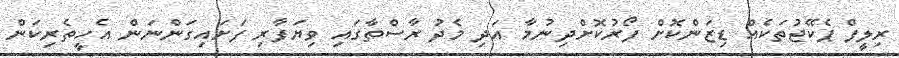
ރިލީފް ޕެކޭޖުތަކެއް ޑިޒަންކޮށް ފޯރުކޮށްދިނުމާ އަދި މެދު ރާސްތާގައި ވިޔަފާރި ފަށައިގަންނަން އެހީތެރިކަން